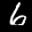
Label: 6